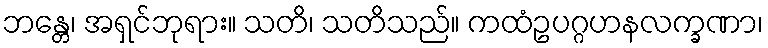
ဘန္တေ၊ အရှင်ဘုရား။ သတိ၊ သတိသည်။ ကထံဥပဂ္ဂဟနလက္ခဏာ၊